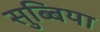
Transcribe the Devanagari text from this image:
सुब्बिया